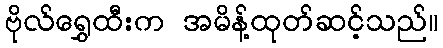
ဗိုလ်ရွှေထီးက အမိန့်ထုတ်ဆင့်သည်။